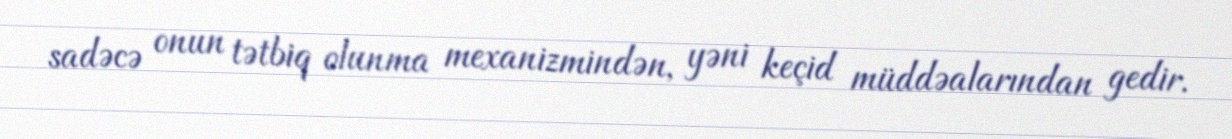
sadəcə onun tətbiq olunma mexanizmindən, yəni keçid müddəalarından gedir.